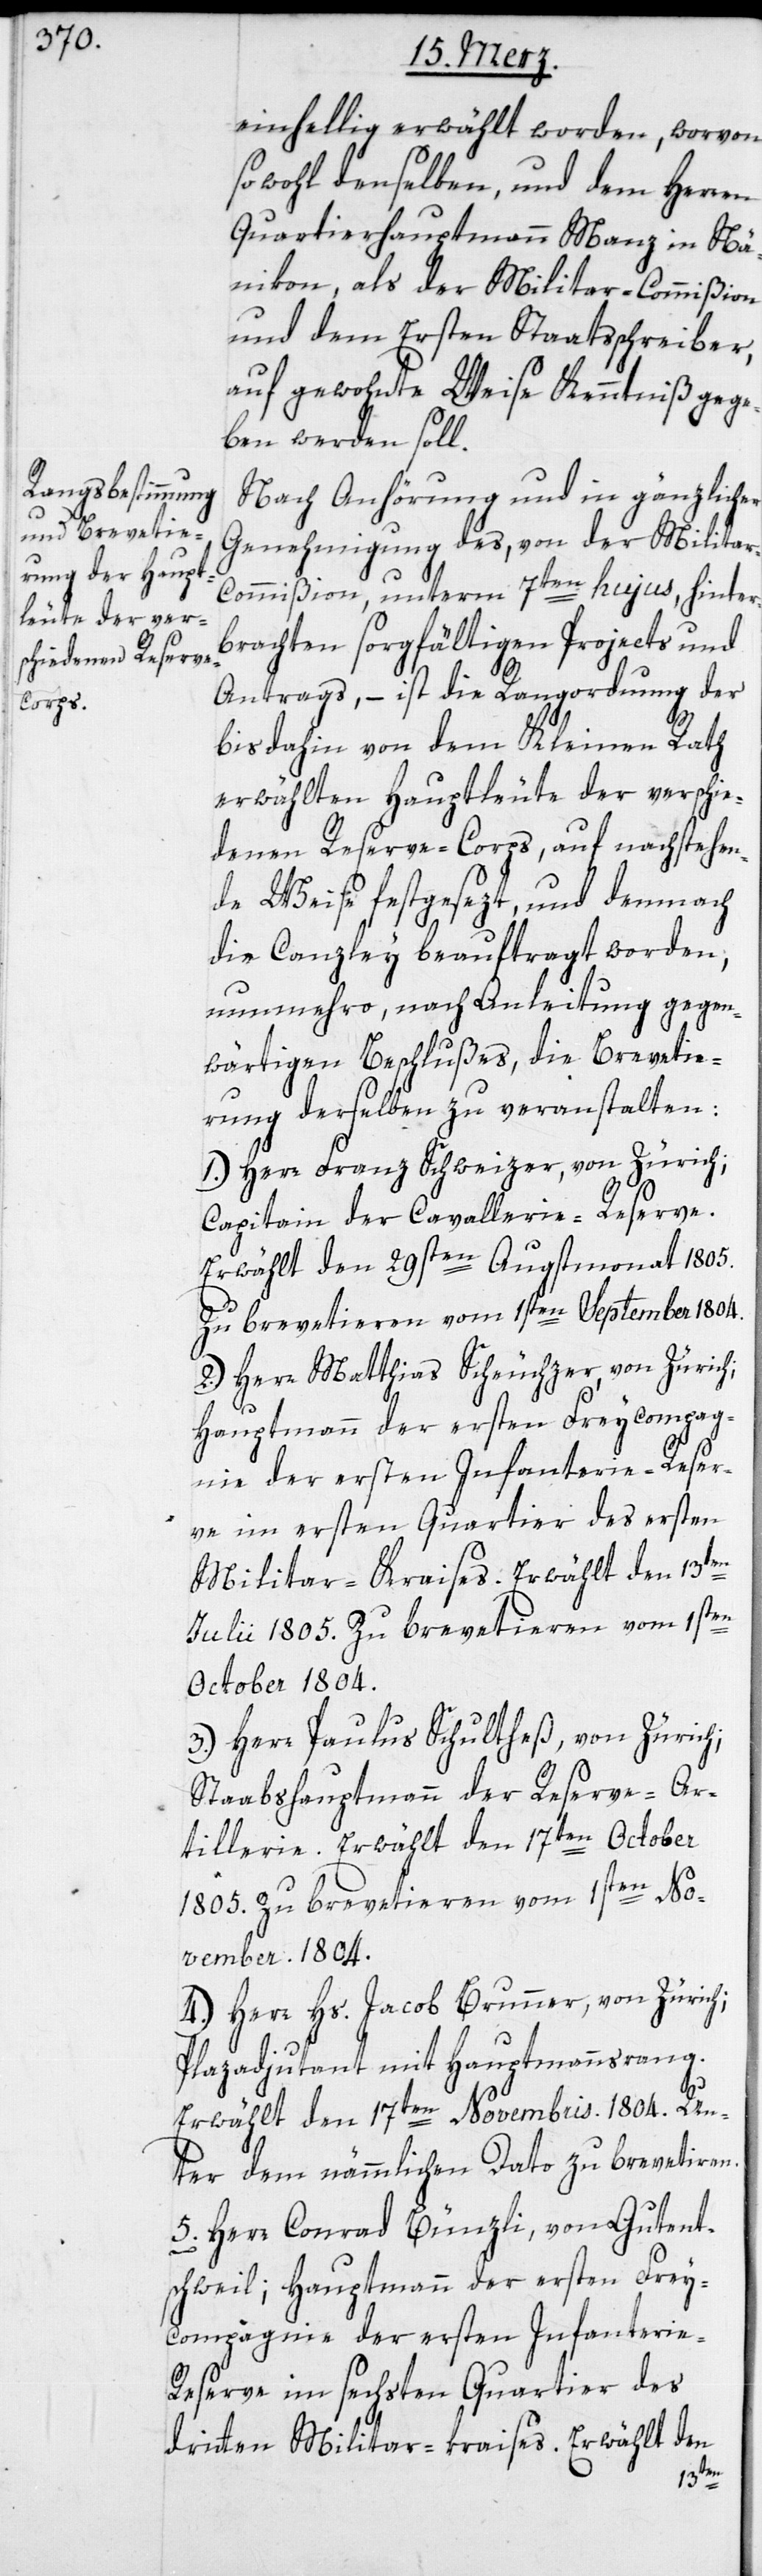
einhellig erwählt worden, worvon
sowohl denselben, und dem Herren
Quartierhauptmann Manz in Nä¬
nikon, als der Militar-Commißion
und dem Ersten Staatsschreiber,
auf gewohnte Weise Kenntniß gege¬
ben werden soll.
Nach Anhörung und in gänzlicher
Genehmigung des von der Milita¬
r-Commißion, unterm 7ten hujus hinter¬
brachten sorgfältigen Projects und
Antrags, – ist die Rangordnung der
bis dahin von dem Kleinen Rath
erwählten Hauptleute der verschie¬
denen Reserve-Corps, auf nachstehen¬
de Weise festgesezt und demnach
die Canzley beauftragt worden,
nunmehro nach Anleitung gegen¬
wärtigen Beschlußes, die Brevetie¬
rung derselben zu veranstalten:
1.) Herr Franz Schweizer, von Zürich;
Capitain der Cavallerie-Reserve.
Erwählt den 29sten Augstmonat 1805.
Zu brevetieren vom 1sten September 1804.
2.) Herr Matthias Scheuchzer, von Zürich;
Hauptmann der ersten Freycompag¬
nie der ersten Infanterie-Reser¬
ve im ersten Quartier des ersten
Militar-Kraises. Erwählt den 13ten
Julii 1805. Zu brevetieren vom 1sten
October 1804.
3. Herr Paulus Schultheß, von Zürich;
Staabshauptmann der Reserve-Ar¬
tillerie. Erwählt den 17ten October
1805. Zu brevetieren vom 1sten No¬
vember, 1804.
4. Herr Hs. Jakob Brunner, von Zürich;
Plazadjudant mit Hauptmannsrang.
Erwählt den 17ten Novembris. 1804. Un¬
ter dem nämmlichen Dato zu brevetieren.
5. Herr Conrad Bünzli, von Guten¬
schweil; Hauptmann der ersten Frey¬
compagnie der ersten Infanterie-R¬
eserve im sechsten Quartier des
dritten Militairkreises. Erwählt den